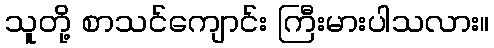
သူတို့ စာသင်ကျောင်း ကြီးမားပါသလား။